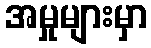
အမှုများမှာ